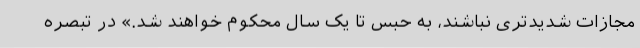
مجازات شدیدتری نباشند، به حبس تا یک سال محکوم خواهند شد.» در تبصره